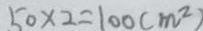
5 0 \times 2 = 1 0 0 ( m ^ { 2 } )